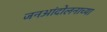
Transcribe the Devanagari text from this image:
जनआंदोलनाच्या